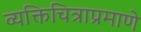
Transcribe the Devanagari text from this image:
व्यक्तिचित्राप्रमाणे